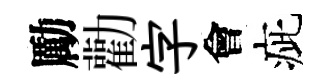
勵勸字會疵